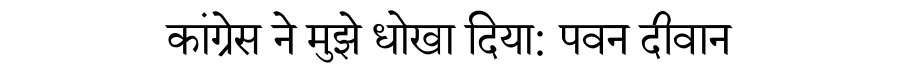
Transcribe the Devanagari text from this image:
कांग्रेस ने मुझे धोखा दिया: पवन दीवान